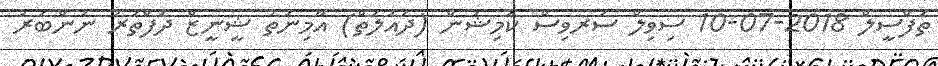
ތަފްސީލް 2018-07-10 ސިވިލް ސަރވިސް ކޮމިޝަން (ދައުލަތް) އާމިނަތު ޝީނީޒް ދަފްތަރު ނަންބަރު